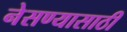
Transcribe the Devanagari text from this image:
नेसण्यासाठी